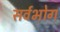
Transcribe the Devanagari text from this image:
सर्वभोग